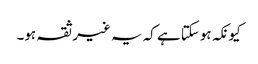
کیونکہ ہوسکتا ہے کہ یہ غیر ثقہ ہو۔